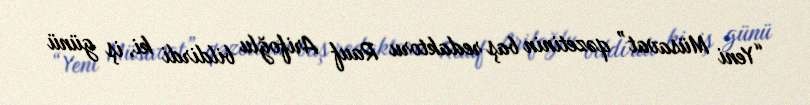
“Yeni Müsavat” qəzetinin baş redaktoru Rauf Arifoğlu bildirdi ki, iş günü